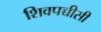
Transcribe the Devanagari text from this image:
शिवपच्चीसी